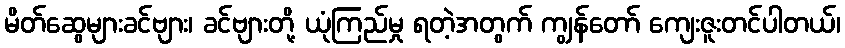
မိတ်ဆွေများခင်ဗျား၊ ခင်ဗျားတို့ ယုံကြည်မှု ရတဲ့အတွက် ကျွန်တော် ကျေးဇူးတင်ပါတယ်၊